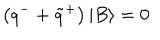
\left( q ^ { - } + \tilde { q } ^ { + } \right) \left| B \right\rangle = 0